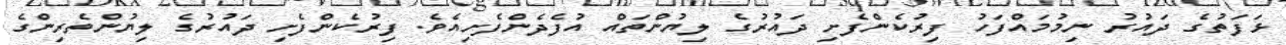
ޅަފަތުގެ ދައުރު ނިމުމައްފަހު ފިރުކެންފެށި ދައުރުގެ ލިޔުންތައް އުފެދެންފެށިއެވެ. ފިރުކެންފެށި ދައުރުގެ ލިޔުންތެރިންގެ